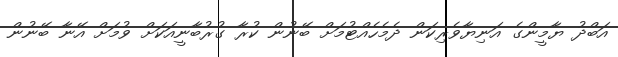
އަބްދު ޔާމީންގެ އަނިޔާވެރިކަން ދެމެހެއްޓުމަށް ބޭނުން ކުރާ ގުރުބާނީއަކަށް ވުމަށް އޭނާ ބޭނުން